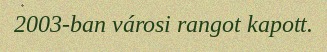
2003-ban városi rangot kapott.